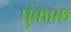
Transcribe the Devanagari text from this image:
पुंकाक